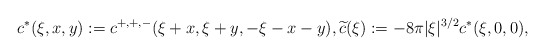
\begin{align*} c^{\ast}(\xi,x, y) := c^{+,+,-}(\xi+x,\xi+ y, -\xi-x-y),\widetilde{c}(\xi):= - 8 \pi |\xi|^{3/2} c^{\ast}(\xi,0,0) ,\end{align*}